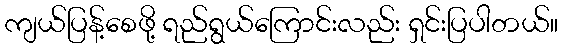
ကျယ်ပြန့်စေဖို့ ရည်ရွယ်ကြောင်းလည်း ရှင်းပြပါတယ်။